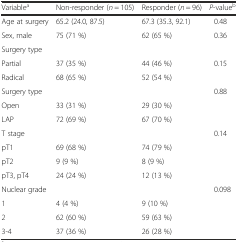
<table><thead><tr><td><b>Variable<sup>a</sup></b></td><td><b>Non-responder (<i>n</i> = 105)</b></td><td><b>Responder (<i>n</i> = 96)</b></td><td><b><i>P</i>-value<sup>b</sup></b></td></tr></thead><tbody><tr><td>Age at surgery</td><td>65.2 (24.0, 87.5)</td><td>67.3 (35.3, 92.1)</td><td>0.48</td></tr><tr><td>Sex, male</td><td>75 (71 %)</td><td>62 (65 %)</td><td>0.36</td></tr><tr><td>Surgery type</td><td></td><td></td><td></td></tr><tr><td>Partial</td><td>37 (35 %)</td><td>44 (46 %)</td><td>0.15</td></tr><tr><td>Radical</td><td>68 (65 %)</td><td>52 (54 %)</td><td></td></tr><tr><td>Surgery type</td><td></td><td></td><td>0.88</td></tr><tr><td>Open</td><td>33 (31 %)</td><td>29 (30 %)</td><td></td></tr><tr><td>LAP</td><td>72 (69 %)</td><td>67 (70 %)</td><td></td></tr><tr><td>T stage</td><td></td><td></td><td>0.14</td></tr><tr><td>pT1</td><td>69 (68 %)</td><td>74 (79 %)</td><td></td></tr><tr><td>pT2</td><td>9 (9 %)</td><td>8 (9 %)</td><td></td></tr><tr><td>pT3, pT4</td><td>24 (24 %)</td><td>12 (13 %)</td><td></td></tr><tr><td>Nuclear grade</td><td></td><td></td><td>0.098</td></tr><tr><td>1</td><td>4 (4 %)</td><td>9 (10 %)</td><td></td></tr><tr><td>2</td><td>62 (60 %)</td><td>59 (63 %)</td><td></td></tr><tr><td>3-4</td><td>37 (36 %)</td><td>26 (28 %)</td><td></td></tr></tbody></table>